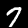
Digit: 7